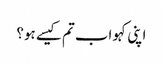
اپنی کہو اب تم کیسے ہو؟